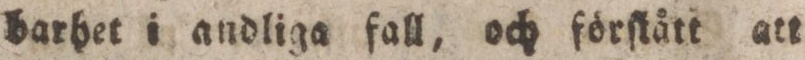
barhet i andliga fall, och förſtått att